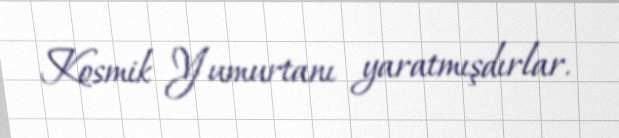
Kosmik Yumurtanı yaratmışdırlar.